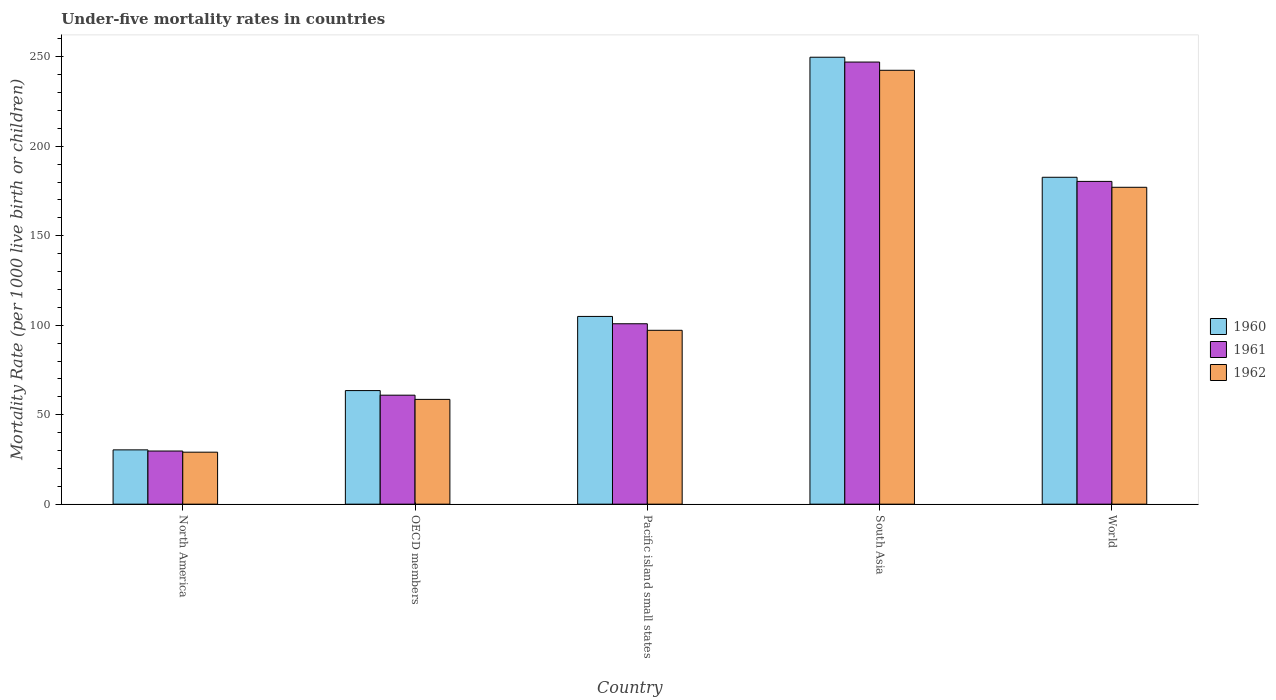
| Country | 1960 | 1961 | 1962 |
 | --- | --- | --- | --- |
 | North America | 30.3 | 29.7 | 29.1 |
 | OECD members | 63.5 | 60.9 | 58.6 |
 | Pacific island small states | 105 | 101 | 97.2 |
 | South Asia | 250 | 247 | 242 |
 | World | 183 | 180 | 177 |